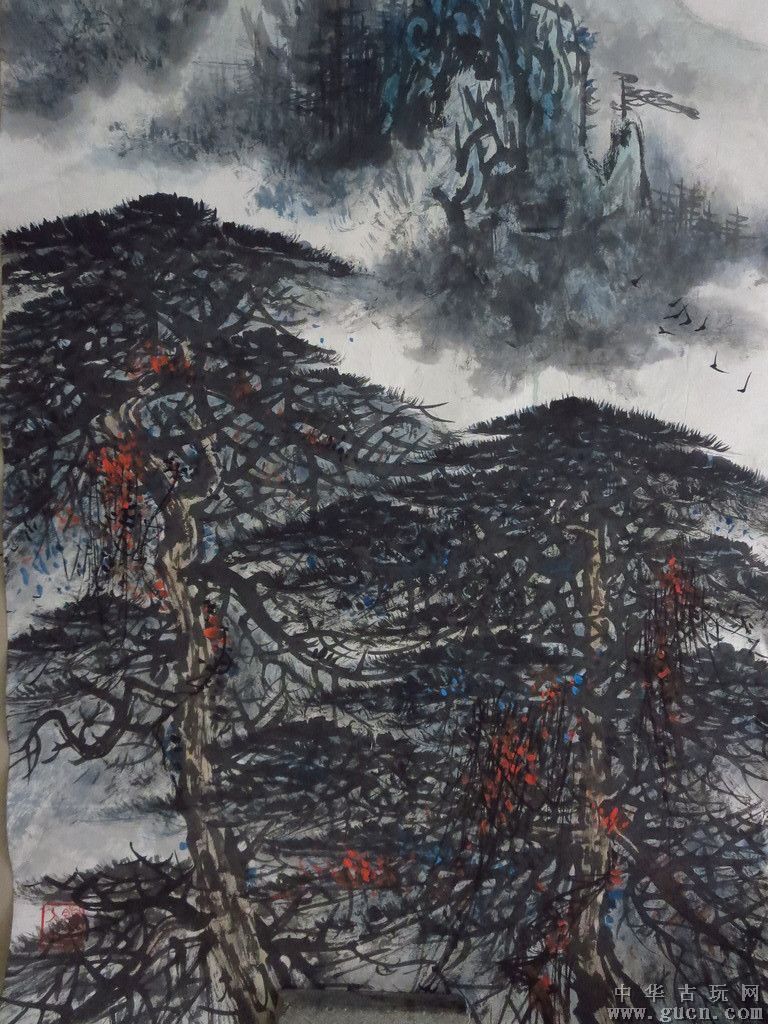
山下兰芽短浸溪，松间沙路净无泥。潇潇暮雨子规啼。